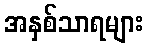
အနှစ်သာရများ